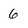
Character: 6